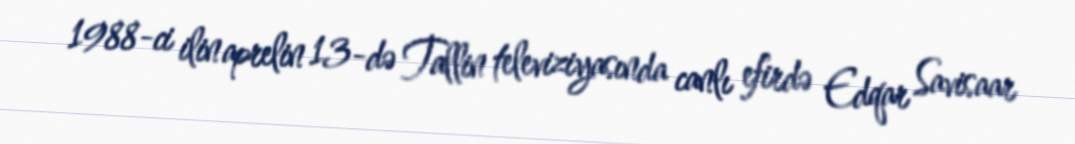
1988-ci ilin aprelin 13-də Tallin televiziyasında canlı efirdə Edqar Savisaar